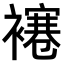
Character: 𧝱